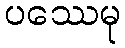
ပဿေမု